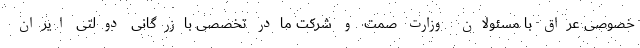
خصوصی عراق با مسئولان وزارت صمت و شرکت مادر تخصصی بازرگانی دولتی ایران